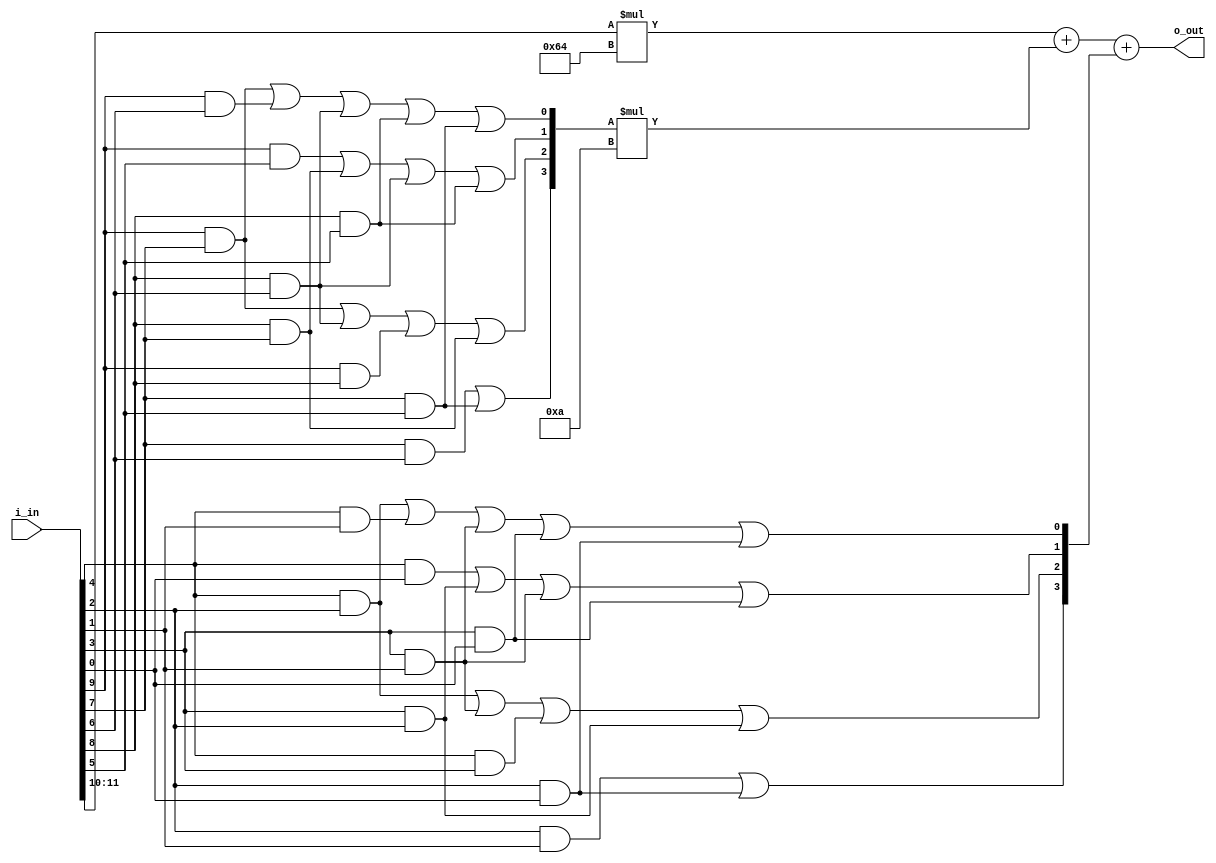
module dec2bin1(i_in, o_out);

input wire [11:0] i_in;
output wire [7:0] o_out;	// binary encoding

wire ua,ub,uc,ud,ue;
wire ta,tb,tc,td,te;
wire h1,h2;
wire [3:0] u,t;
wire [1:0] h;
assign h2 = i_in[11];
assign h1 = i_in[10];
assign ta = i_in[9];
assign tb = i_in[8];
assign tc = i_in[7];
assign td = i_in[6];
assign te = i_in[5];
assign ua = i_in[4];
assign ub = i_in[3];
assign uc = i_in[2];
assign ud = i_in[1];
assign ue = i_in[0];

assign u[0] = ua & uc | ua & ud | ub & ud | ub & ue | uc & ue;
assign u[1] = ua & ue | ub & uc | ub & ud | ub & ue;
assign u[2] = ua & uc | ub & ud | ua & ub | ub & uc;
assign u[3] = uc & ud | uc & ue;

assign t[0] = ta & tc | ta & td | tb & td | tb & te | tc & te;
assign t[1] = ta & te | tb & tc | tb & td | tb & te;
assign t[2] = ta & tc | tb & td | ta & tb | tb & tc;
assign t[3] = tc & td | tc & te;
assign h = {h2,h1};

assign o_out = h * 8'sd100 + t * 8'sd10 + u;

endmodule